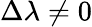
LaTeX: \Delta\lambda\neq 0